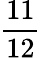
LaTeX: \frac{11}{12}